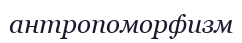
антропоморфизм